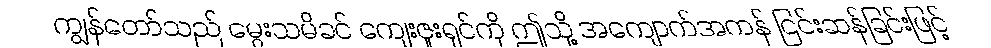
ကျွန်တော်သည် မွေးသမိခင် ကျေးဇူးရှင်ကို ဤသို့ အကျောက်အကန် ငြင်းဆန်ခြင်းဖြင့်